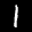
Label: 1